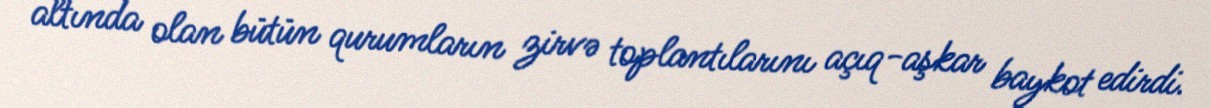
altında olan bütün qurumların zirvə toplantılarını açıq-aşkar baykot edirdi.